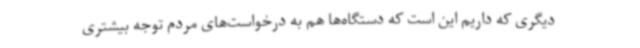
دیگری که داریم این است که دستگاه‌ها هم به درخواست‌های مردم توجه بیشتری